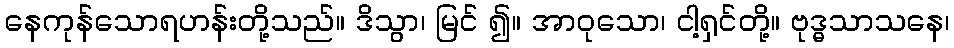
နေကုန်သောရဟန်းတို့သည်။ ဒိသွာ၊ မြင် ၍။ အာဝုသော၊ ငါ့ရှင်တို့။ ဗုဒ္ဓသာသနေ၊